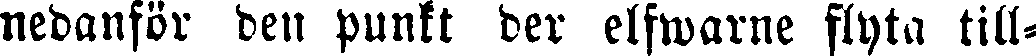
nedanför den punkt der elfwarne flyta till-